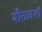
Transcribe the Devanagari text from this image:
मीतावली